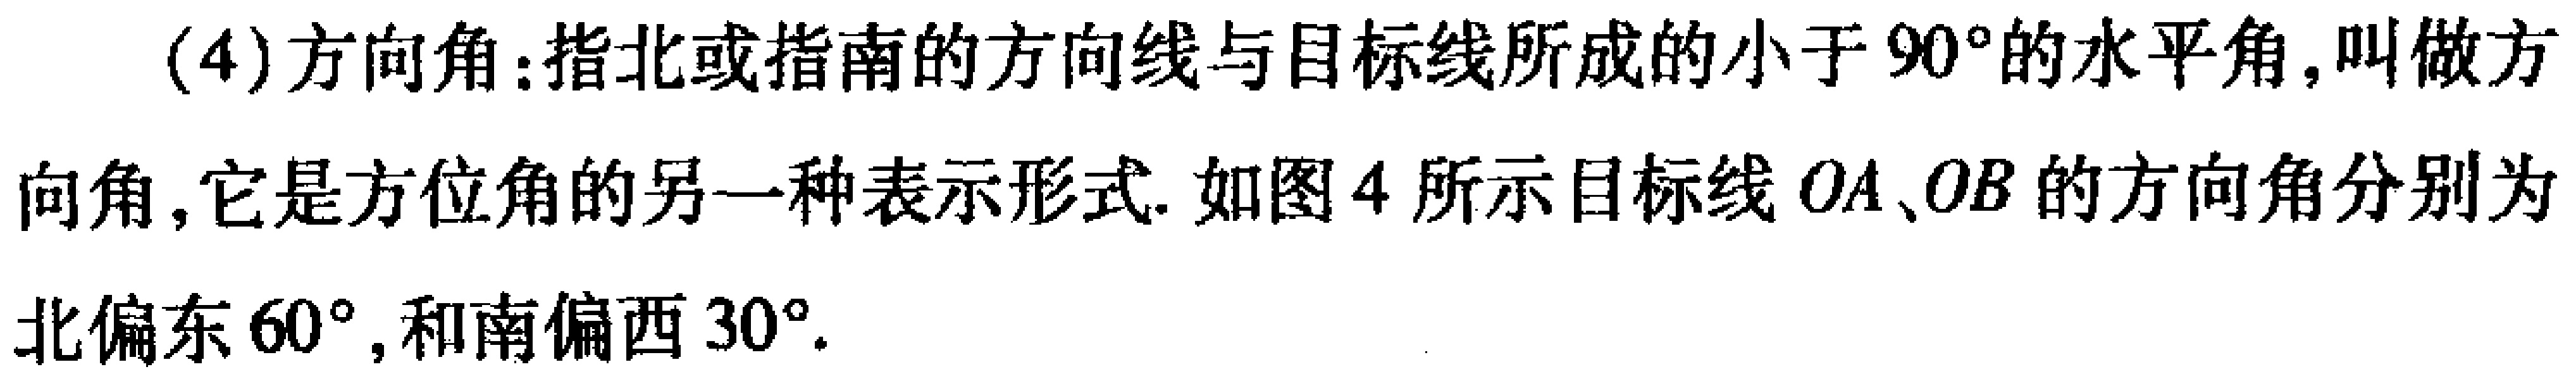
(4) 方向角：指北或指南的方向线与目标线所成的小于 \(90^{\circ}\) 的水平角, 叫做方向角, 它是方位角的另一种表示形式. 如图 4 所示目标线 \(OA、OB\) 的方向角分别为北偏东 \(60^{\circ}\), 和南偏西 \(30^{\circ}\).